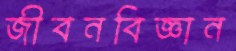
জীবনবিজ্ঞান